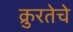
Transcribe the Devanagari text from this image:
क्रुरतेचे